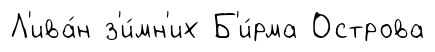
Л'ива́н з'и́мн'их Б'и́рма Острова